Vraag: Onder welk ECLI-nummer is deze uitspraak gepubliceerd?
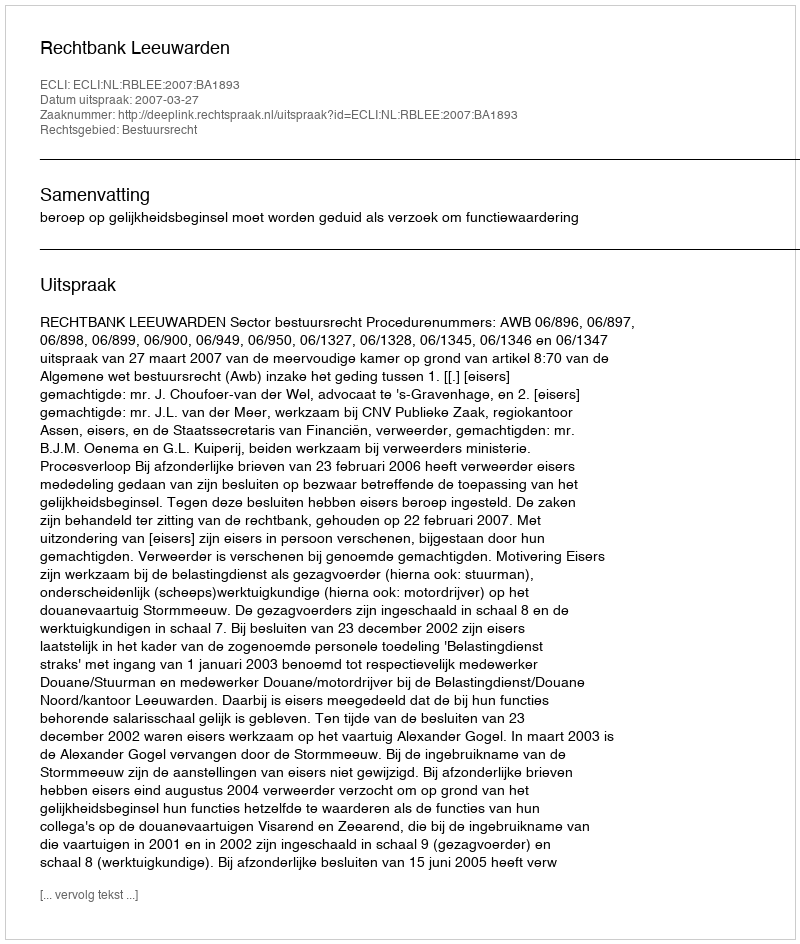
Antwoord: ECLI:NL:RBLEE:2007:BA1893